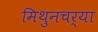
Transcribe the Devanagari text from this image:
मिथुनचर्या